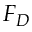
F _ { D }